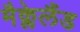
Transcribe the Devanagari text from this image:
मैक्लेलैंड